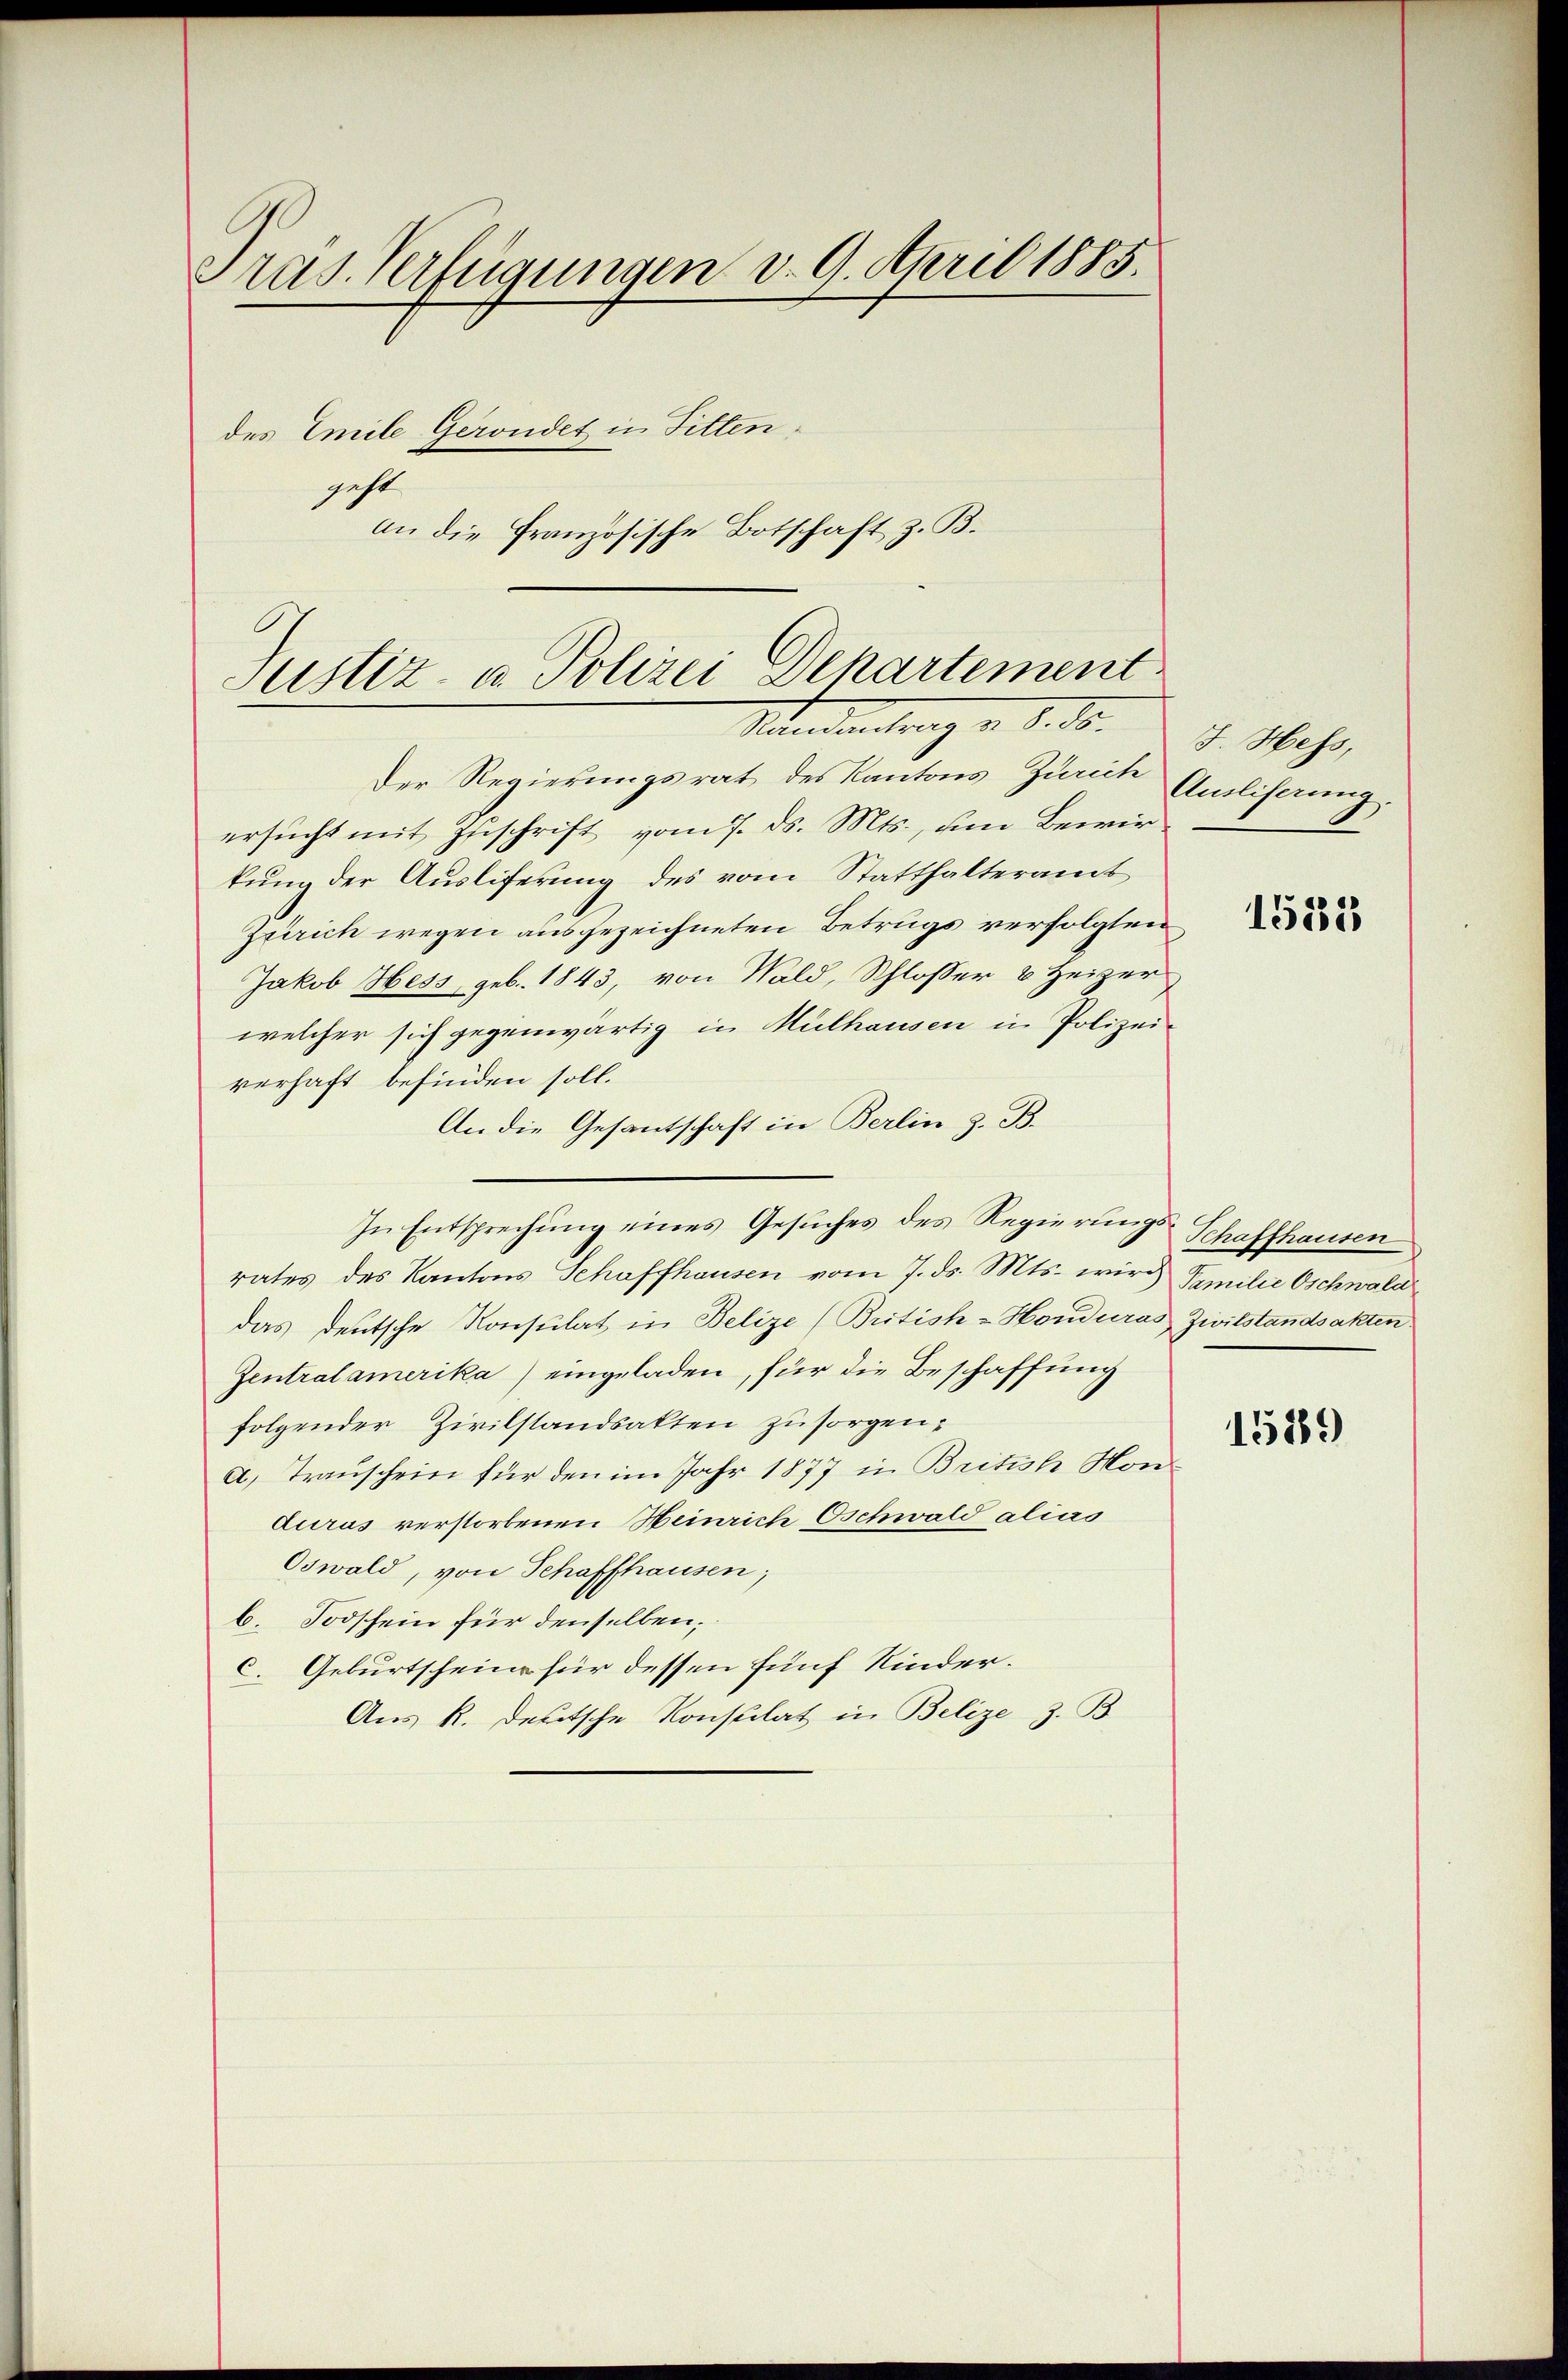
Pras. Verfügungen d. 9. April 1885.
des Emile Gerondet in Fittengeht
an die Französische Botschaft z. B.

Justiz- u. Polizei Departement
Stundentrag v. 8. ds.

Der Regierungsrat des Kantons Zürich Anliferung.
ersucht mit Zuschrift vom 7. ds. Mts., um Bewirkung der Ausliferung des vom Statthalteramt
Zürich wegen ausgezeichneten Betrugs verfolgten,
Jakob Hess geb. 1843, von Wald, Schlosser & Heizer
welcher sich gegenwärtig in Mülhausen in Polizei-
verhaft befinden soll.
An die Gesantschaft in Berlin z. B.
In Entsprechung eines Gesuches des Regierungs- Schaffhausen
rates des Kantons Schaffhausen vom 7. ds. Mts. wir Similie Oschwald
das Deutsche Konsulat in Belize (British -Honduras Zivilstandsakten
Zentralamerika) eingeladen, für die Beschaffung
folgender Zivilstandsakten zu sorgen,
a) Trauschein für den im Jahr 1877 in British Hondurus verstorbenen Heinrich Oschwald alias
Oswald, von Schaffhausen,
b. Todschein für denselben;
c. Geburtscheine für dessen fünf Kinder.
Aus R. deutsche Konstilat in Belize z. B.

F. Hess,

1533

1589